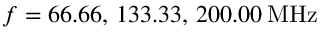
f = 6 6 . 6 6 , \, 1 3 3 . 3 3 , \, 2 0 0 . 0 0 \, \mathrm { M H z }